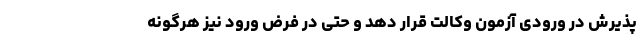
پذیرش در ورودی آزمون وکالت قرار دهد و حتی در فرض ورود نیز هرگونه